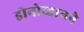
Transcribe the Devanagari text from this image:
डोनोव्हानने